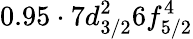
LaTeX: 0.95\cdot 7d_{3/2}^{2}6f_{5/2}^{4}